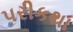
પરીકથા